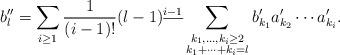
LaTeX: \begin{align*}b''_l = \sum_{i\geq 1} \frac{1}{(i-1)!} (l-1)^{\underline{i-1}} \sum_{\substack{k_1,\dots,k_i\geq 2 \\ k_1+\cdots+k_i=l }} b'_{k_1} a'_{k_2} \cdots a'_{k_i}. \end{align*}